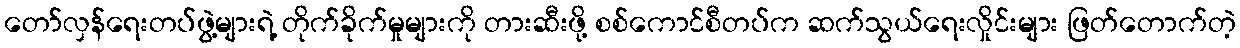
တော်လှန်ရေးတပ်ဖွဲ့များရဲ့ တိုက်ခိုက်မှုများကို တားဆီးဖို့ စစ်ကောင်စီတပ်က ဆက်သွယ်ရေးလှိုင်းများ ဖြတ်တောက်တဲ့